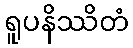
ရူပနိဿိတံ